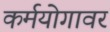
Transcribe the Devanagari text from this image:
कर्मयोगावर